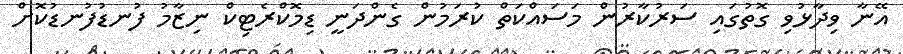
އޭނާ ވިދާޅުވި ގޮތުގައި ސަރުކާރުން މަސައްކަތް ކުރަމުން ގެންދަނީ ޑިމޮކްރެޓިކް ނިޒާމު ފުނޑުފުނޑުކޮށް